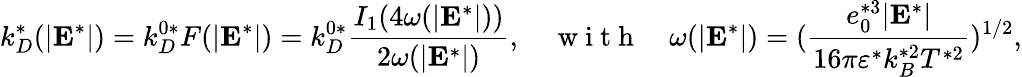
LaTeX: k_{D}^{*}(|\mathbf{E}^{*}|)=k_{D}^{0*}F(|\mathbf{E}^{*}|)=k_{D}^{0*}\frac{I_{1}(4\omega(|\mathbf{E}^{*}|))}{2\omega(|\mathbf{E}^{*}|)},\ \ \ \ \mathrm{~w~i~t~h~}\ \ \ \ \omega(|\mathbf{E}^{*}|)=(\frac{e_{0}^{*3}|\mathbf{E}^{*}|}{16\pi\varepsilon^{*}k_{B}^{*2}T^{*2}})^{1/2},